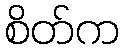
စိတ်က